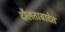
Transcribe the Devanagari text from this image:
दौलताबादेत